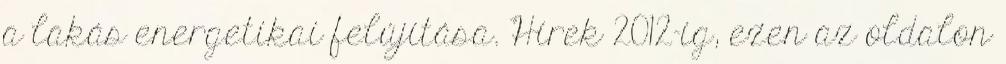
a lakás energetikai felújítása. Hírek 2012-ig, ezen az oldalon